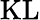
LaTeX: \mathrm{KL}